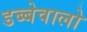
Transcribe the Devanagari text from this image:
डब्बेवालो